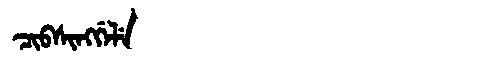
Manchu: ᠴᡳᠪᠰᡳᠩᡤᡝᠯᡝ
Romanization: CIBSINGGELE